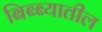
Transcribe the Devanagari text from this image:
बिब्ब्यातील